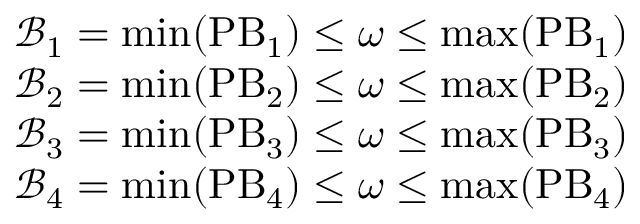
\begin{array} { r l } & { \mathcal { B } _ { 1 } = \operatorname* { m i n } ( { \mathrm { P B } _ { 1 } } ) \leq \omega \leq \operatorname* { m a x } ( { \mathrm { P B } _ { 1 } } ) } \\ & { \mathcal { B } _ { 2 } = \operatorname* { m i n } ( { \mathrm { P B } _ { 2 } } ) \leq \omega \leq \operatorname* { m a x } ( { \mathrm { P B } _ { 2 } } ) } \\ & { \mathcal { B } _ { 3 } = \operatorname* { m i n } ( { \mathrm { P B } _ { 3 } } ) \leq \omega \leq \operatorname* { m a x } ( { \mathrm { P B } _ { 3 } } ) } \\ & { \mathcal { B } _ { 4 } = \operatorname* { m i n } ( { \mathrm { P B } _ { 4 } } ) \leq \omega \leq \operatorname* { m a x } ( { \mathrm { P B } _ { 4 } } ) } \end{array}